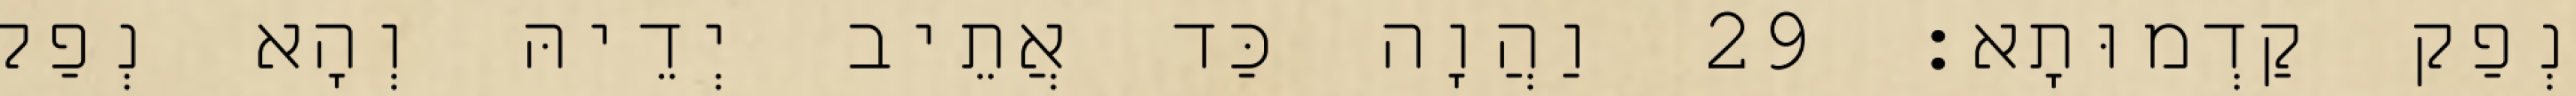
נְפַק קַדְמוּתָא׃ 29 וַהֲוָה כַּד אֲתֵיב יְדֵיהּ וְהָא נְפַק